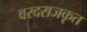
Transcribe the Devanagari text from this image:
वरदराजकृत